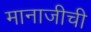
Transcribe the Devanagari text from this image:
मानाजीची